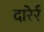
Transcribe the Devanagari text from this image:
दारेर्र